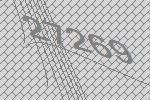
27269